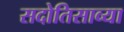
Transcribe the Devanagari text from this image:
सदोतिसाव्या